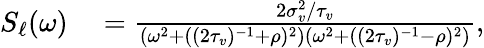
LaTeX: \begin{array}{rl}{S_{\ell}(\omega)}&{{}=\frac{2\sigma_{v}^{2}/\tau_{v}}{(\omega^{2}+((2\tau_{v})^{-1}+\rho)^{2})(\omega^{2}+((2\tau_{v})^{-1}-\rho)^{2})},}\end{array}